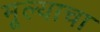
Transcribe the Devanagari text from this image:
मूल्याचा